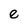
Character: e